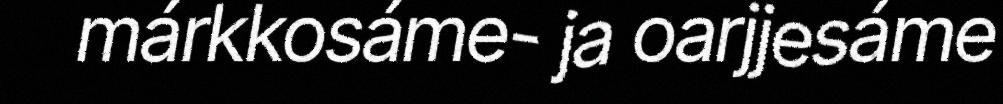
márkkosáme- ja oarjjesáme